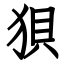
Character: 狽